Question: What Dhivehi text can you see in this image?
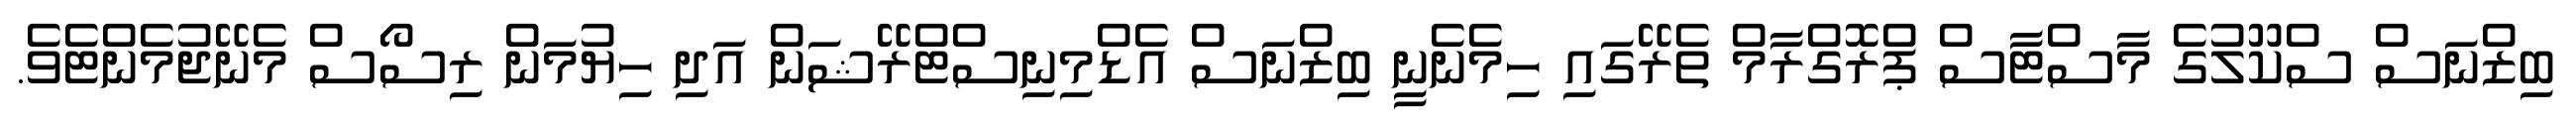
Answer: ބިޒްނަސް ސްކޫލުގެ މާސްޓާސް ޕްރޮގްރާމް ތެރޭގައި ހިމެނެނީ ބިޒްނަސް އެޑްމިނިސްޓްރޭޝަން އަދި ހިޔުމަން ރިސޯސް މެނޭޖުމެންޓެވެ.